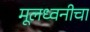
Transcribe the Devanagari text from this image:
मूलध्वनीचा